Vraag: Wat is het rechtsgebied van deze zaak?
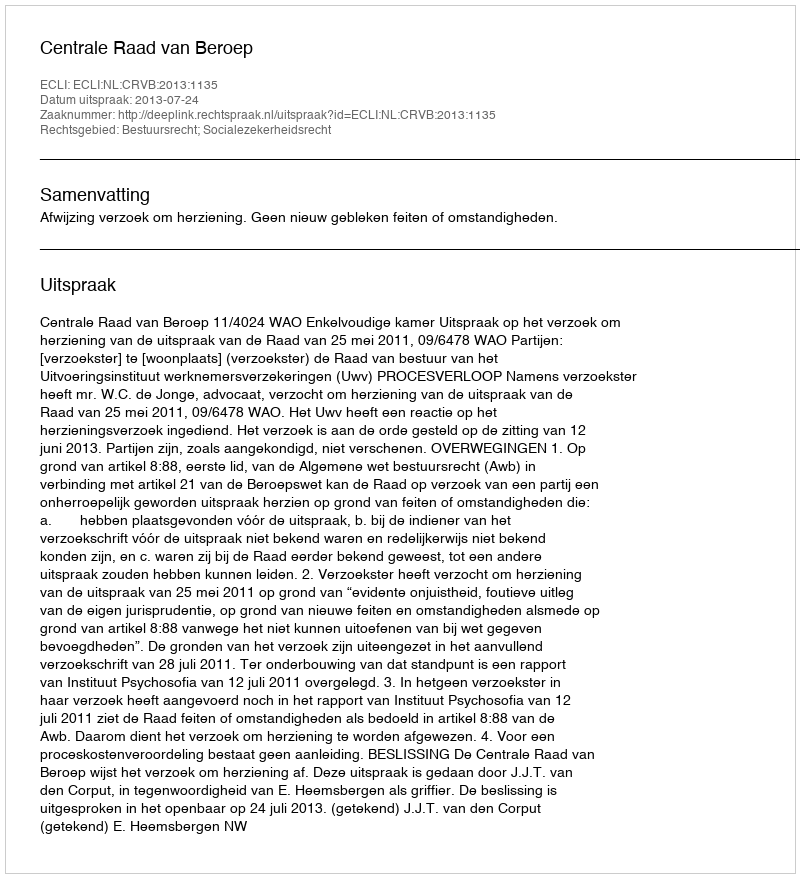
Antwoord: Bestuursrecht; Socialezekerheidsrecht